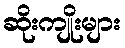
ဆိုးကျိုးများ